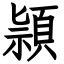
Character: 頴